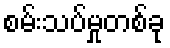
စမ်းသပ်မှုတစ်ခု